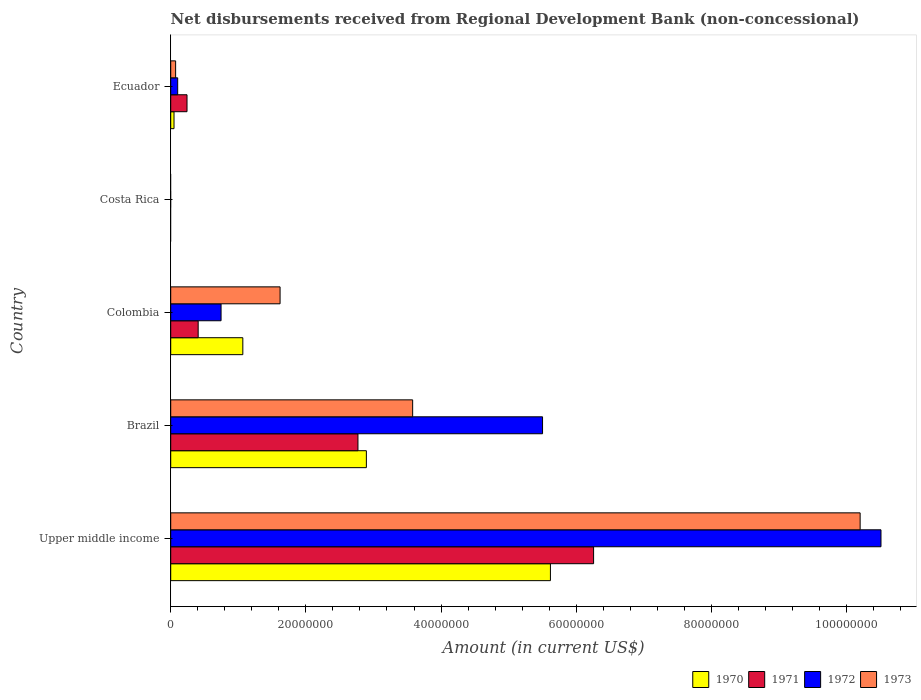
| Country | 1970 | 1971 | 1972 | 1973 |
 | --- | --- | --- | --- | --- |
 | Upper middle income | 5.62e+07 | 6.26e+07 | 1.05e+08 | 1.02e+08 |
 | Brazil | 2.9e+07 | 2.77e+07 | 5.5e+07 | 3.58e+07 |
 | Colombia | 1.07e+07 | 4.06e+06 | 7.45e+06 | 1.62e+07 |
 | Costa Rica | -9.26e+05 | -4.4e+05 | -2e+04 | -8.44e+05 |
 | Ecuador | 4.89e+05 | 2.41e+06 | 1.03e+06 | 7.26e+05 |